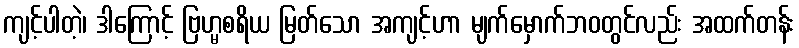
ကျင့်ပါတဲ့၊ ဒါကြောင့် ဗြဟ္မစရိယ မြတ်သော အကျင့်ဟာ မျက်မှောက်ဘဝတွင်လည်း အထက်တန်း